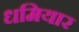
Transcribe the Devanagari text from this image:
धमियार